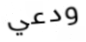
ودعي